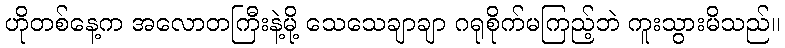
ဟိုတစ်နေ့က အလောတကြီးနဲ့မို့ သေသေချာချာ ဂရုစိုက်မကြည့်ဘဲ ကူးသွားမိသည်။